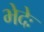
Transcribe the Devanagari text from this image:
भेदेः